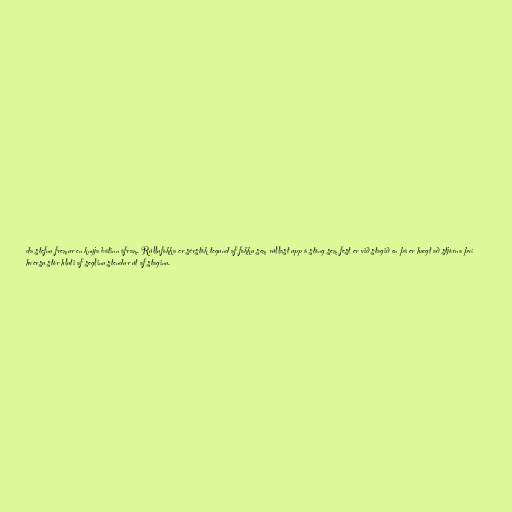
da stefnu fremur en knýja bátinn áfram. Rúllufokka er sérstök tegund af fokku sem rúllast upp á stöng sem fest er við stagið en þá er hægt að stjórna því
hversu stór hluti af seglinu stendur út af staginu.